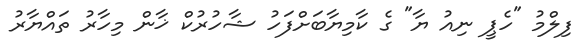
ފިލްމު "ހެޕީ ނިއު ޔާ" ގެ ކާމިޔާބަށްފަހު ޝާހުރުކް ޚާން މިހާރު ތައްޔާރު